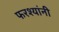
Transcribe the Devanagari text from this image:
फरश्यांनी